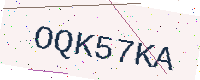
Text: OQK57KA